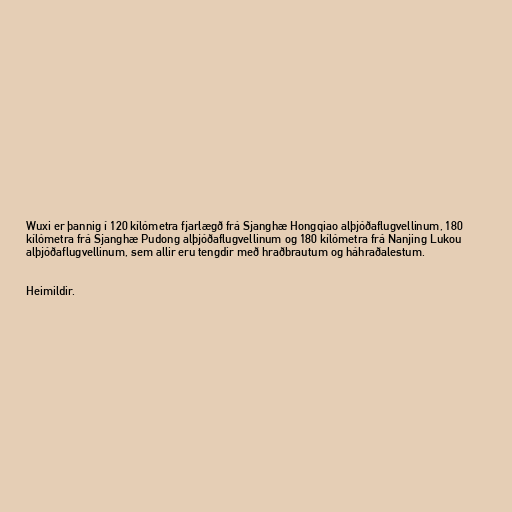
Wuxi er þannig í 120 kílómetra fjarlægð frá Sjanghæ Hongqiao alþjóðaflugvellinum, 180
kílómetra frá Sjanghæ Pudong alþjóðaflugvellinum og 180 kílómetra frá Nanjing Lukou
alþjóðaflugvellinum, sem allir eru tengdir með hraðbrautum og háhraðalestum.

Heimildir.